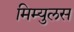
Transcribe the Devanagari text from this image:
मिम्युलस